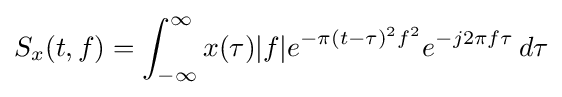
S_{x}(t,f)=\int _{-\infty }^{\infty }x(\tau )|f|e^{-\pi (t-\tau )^{2}f^{2}}e^{-j2\pi f\tau }\,d\tau